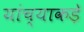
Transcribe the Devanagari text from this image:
यांच्याकड़े